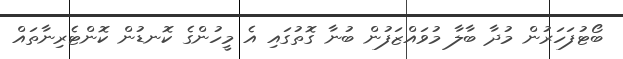
ބޯޓުފަހަރުން މުދާ ބާލާ މުވައްޒަފުން ބުނާ ގޮތުގައި އެ މީހުންގެ ކޮނޑުން ކޮންޓެރިނާތައް